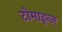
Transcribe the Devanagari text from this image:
टोमाइन्ज़